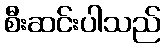
စီးဆင်းပါသည်